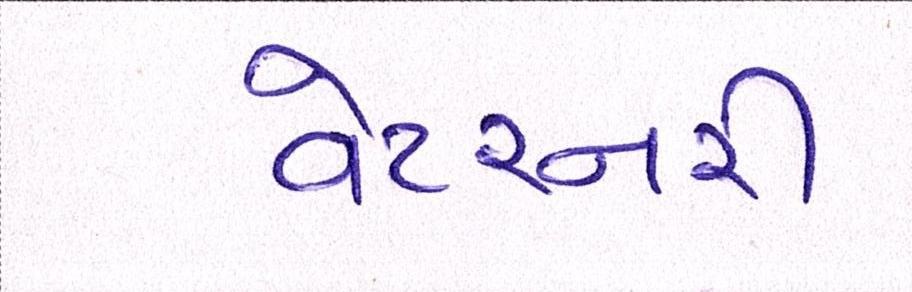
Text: વેટરનરી